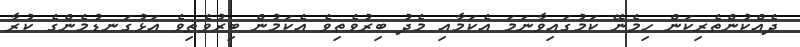
ދެއްކުންތެރިކަން ހިމެނޭ ކަމުގައިވާނަމަ އެކަމާއި މެދު ބިރުވެތިވެ އެކަމުން ބިރުވެތިވެ އަޅުގަނޑުމެންގެ ކުރާ